Scientific memoirs by medical officers of the Army of India - Part III,
Year: 1887
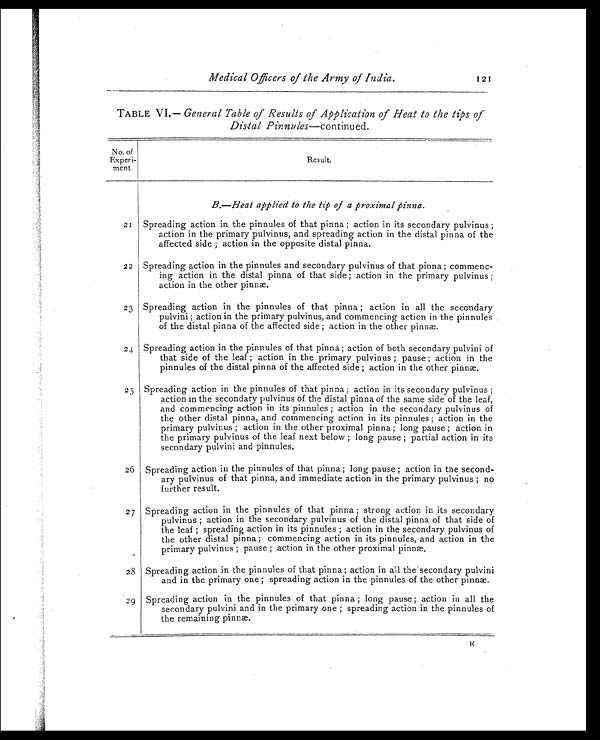
Medical Officers of the Army of India.
121
TABLE VI.— General Table of Results of Application of Heat to the tips of
Dis-tal Pinnules—continued.
No. of
Experi-
ment.
Result.
B.—Heat applied to the tip of a proximal pinna.
21 Spreading action in the pinnules of that pinna ; action in its secondary pulvinus ;
action in the primary pulvinus, and spreading action in the distal pinna of the
affected side ; action in the opposite distal pinna.
22 Spreading action in the pinnules and secondary pulvinus of that pinna ; commenc-
ing action in the distal pinna of that side ; action in the primary pulvinus ;
action in the other pinnæ.
23 Spreading action in the pinnules of that pinna ; action in all the secondary
pulvini ; action in the primary pulvinus, and commencing action in the pinnules
of the distal pinna of the affected side ; action in the other pinnæ.
24 Spreading action in the pinnules of that pinna ; action of both secondary pulvini of
that side of the leaf ; action in the primary pulvinus ; pause ; action in the
pinnules of the distal pinna of the affected side ; action in the other pinnæ.
25 Spreading action in the pinnules of that pinna ; action in its secondary pulvinus ;
action in the secondary pulvinus of the distal pinna of the same side of the leaf,
and commencing action in its pinnules ; action in the secondary pulvinus of
the other distal pinna, and commencing action in its pinnules ; action in the
primary pulvinus; action in the other proximal pinna ; long pause ; action in
the primary pulvinus of the leaf next below ; long pause ; partial action in its
secondary pulvini and pinnules.
26 Spreading action in the pinnules of that pinna ; long pause ; action in the second-
ary pulvinus of that pinna, and immediate action in the primary pulvinus ; no
further result.
27 Spreading action in the pinnules of that pinna ; strong action in its secondary
pulvinus ; action in the secondary pulvinus of the distal pinna of that side of
the leaf; spreading action in its pinnules ; action in the secondary pulvinus of
the other distal pinna ; commencing action in its pinnules, and action in the
primary pulvinus ; pause ; action in the other proximal pinnæ.
28 Spreading action in the pinnules of that pinna ; action in all the secondary pulvini
and in the primary one ; spreading action in the pinnules of the other pinnæ.
29 Spreading action in the pinnules of that pinna ; long pause ; action in all the
secondary pulvini and in the primary one ; spreading action in the pinnules of
the remaining pinnæ.